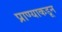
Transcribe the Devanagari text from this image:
प्राण्याकडून